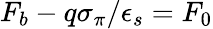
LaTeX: F_{b}-q\sigma_{\pi}/\epsilon_{s}=F_{0}